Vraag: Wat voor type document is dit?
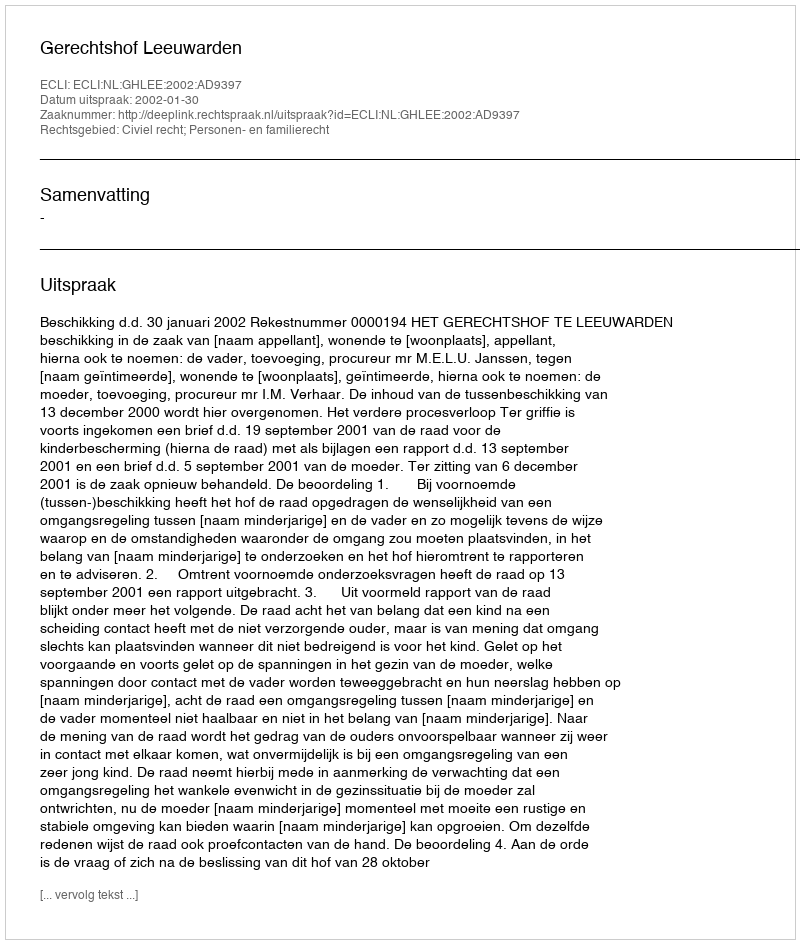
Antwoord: Uitspraak